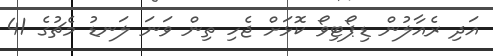
އަދި ރެއާލުން ޑިޕޯޓިވޯ ކޮޅަށް ޖެހި ތިން ވަނަ ލަނޑު މެޗުގެ 41